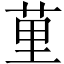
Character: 荲